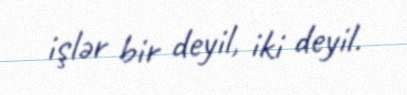
işlər bir deyil, iki deyil.